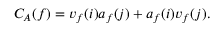
C _ { A } ( f ) = v _ { f } ( i ) a _ { f } ( j ) + a _ { f } ( i ) v _ { f } ( j ) .